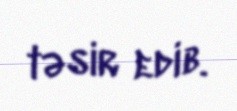
təsir edib.